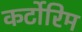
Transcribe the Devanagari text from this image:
कर्टोरिम